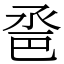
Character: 𢀿